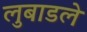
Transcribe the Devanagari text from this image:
लुबाडले